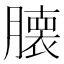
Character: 𮍁